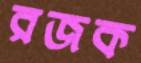
রজক